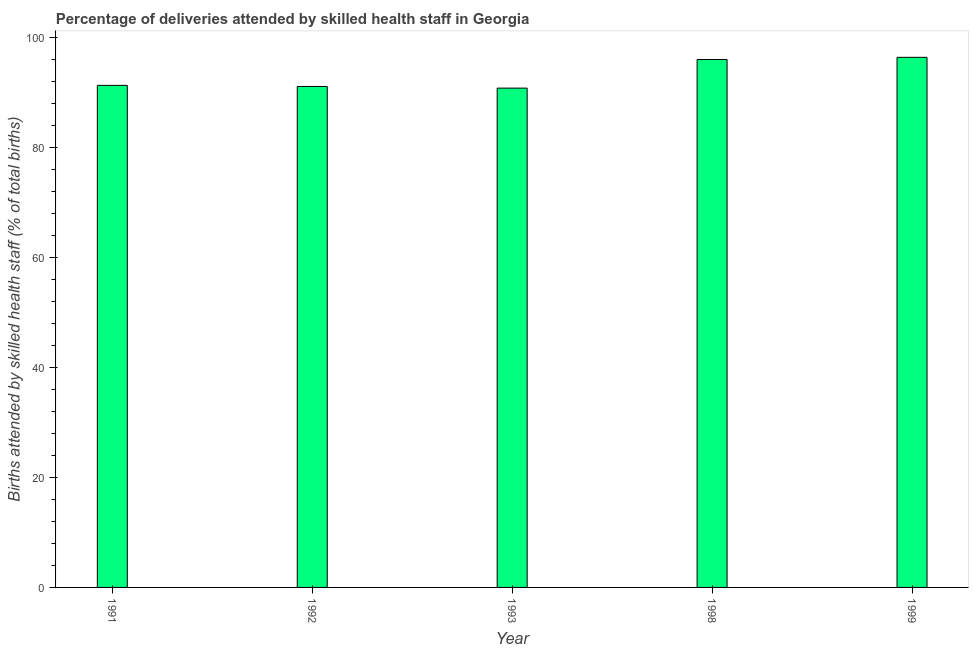
| Year | Births attended by skilled health staff |
 | --- | --- |
 | 1991 | 91.3 |
 | 1992 | 91.1 |
 | 1993 | 90.8 |
 | 1998 | 96 |
 | 1999 | 96.4 |